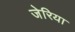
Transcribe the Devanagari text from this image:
जेरिया